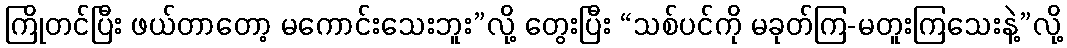
ကြိုတင်ပြီး ဖယ်တာတော့ မကောင်းသေးဘူး”လို့ တွေးပြီး “သစ်ပင်ကို မခုတ်ကြ-မတူးကြသေးနဲ့”လို့